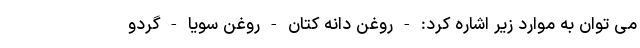
می توان به موارد زیر اشاره کرد: - روغن دانه کتان - روغن سویا - گردو